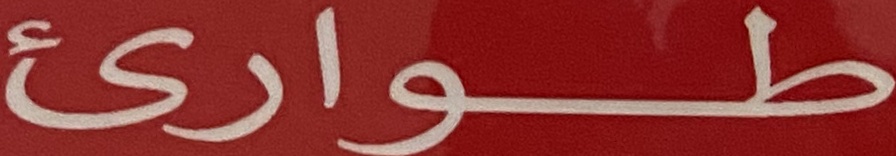
طوارئ